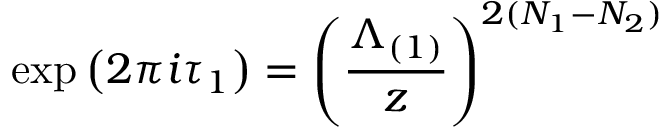
\mathrm { e x p } \left( 2 \pi i \tau _ { 1 } \right) = \left( \frac { \Lambda _ { ( 1 ) } } { z } \right) ^ { 2 ( N _ { 1 } - N _ { 2 } ) }